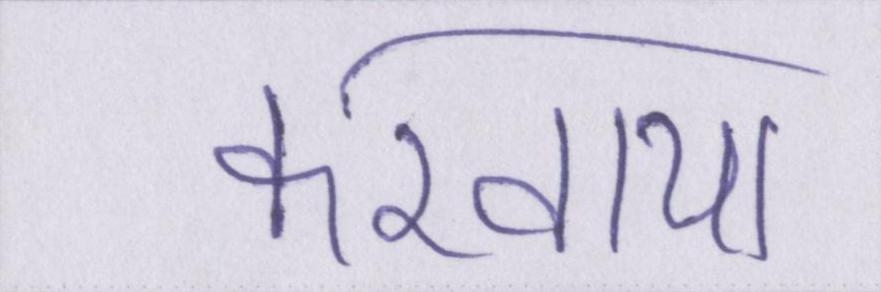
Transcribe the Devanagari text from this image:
करवाया